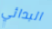
البدائي